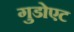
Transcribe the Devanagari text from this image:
गुडोएट